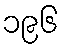
၁၉၆